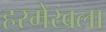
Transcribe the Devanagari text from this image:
हरमेखला